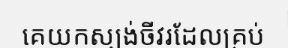
គេយកស្បង់ចីវរដែលគ្រប់